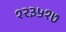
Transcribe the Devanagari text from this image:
१२३५१७